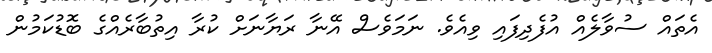
އެތައް ސުވާލެއް އުފެދިފައި ވިއެވެ. ނަމަވެސް އޭނާ ރަޔާނަށް ކުރާ އިތުބާރެއްގެ ބޮޑުކަމުން